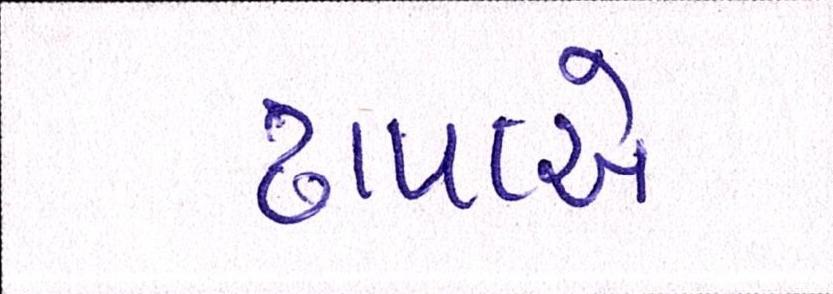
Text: ઢાપાએ